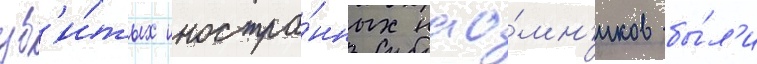
уб'и́тых иностра́нных нао́мн'иков бы́л'и